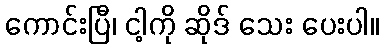
ကောင်းပြီ၊ ငါ့ကို ဆိုဒ် သေး ပေးပါ။